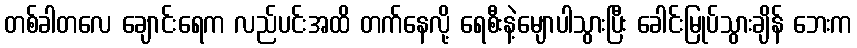
တစ်ခါတလေ ချောင်းရေက လည်ပင်းအထိ တက်နေလို့ ရေစီးနဲ့မျောပါသွားပြီး ခေါင်းမြုပ်သွားချိန် ဘေးက